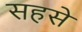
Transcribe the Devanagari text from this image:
सहसे